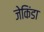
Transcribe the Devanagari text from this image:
जेकिंडा